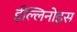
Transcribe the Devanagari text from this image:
ईल्लिनोइस